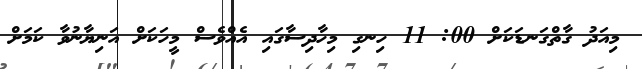
މިއަދު ގާތްގަނޑަކަށް 00: 11 ހިނގި މިހާދިސާގައި އެއްވެސް މީހަކަށް އަނިޔާނުވާ ކަމަށް